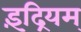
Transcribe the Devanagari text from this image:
इंद्रियम्